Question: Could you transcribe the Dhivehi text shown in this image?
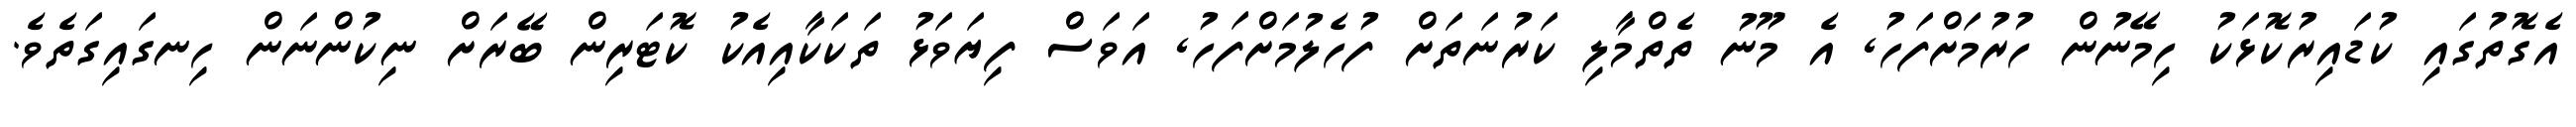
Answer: އެގޮތުގައި ކުޑައިރުކޮޅަކު ހިމޭނުން ހުރުމަށްފަހު, އެ މޫނު ތެތްމާލި ކަރުނަތަށް ފުހެލުމަށްފަހު, އަވަސް ފިޔަވަޅު ތަކަކާއިއެކު ކޮޓަރިން ބޭރަށް ނިކުންނަން ހިނގައިގަތެވެ.